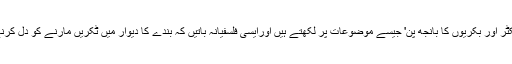
'روسی ٹریکٹر اور بکریوں کا بانجھ پن' جیسے موضوعات پر لکھتے ہیں اورایسی فلسفیانہ باتیں کہ بندے کا دیوار میں ٹکریں مارنے کو دل کرنے لگتا ہے۔